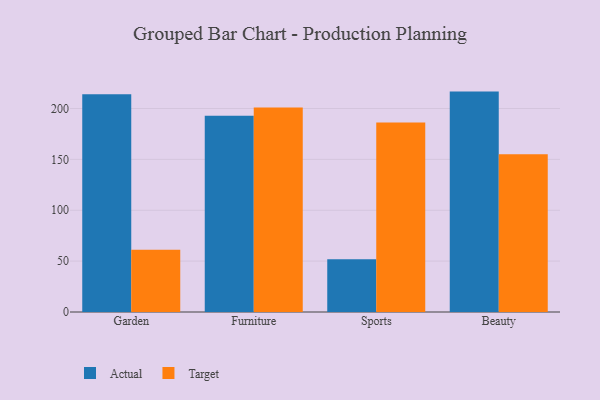
{"axis": {"x": "Category", "y": "Backlog"}, "legend": ["Actual", "Target"], "data": [{"x": "Garden", "y": 214.1, "type": "Actual"}, {"x": "Garden", "y": 61.1, "type": "Target"}, {"x": "Furniture", "y": 192.8, "type": "Actual"}, {"x": "Furniture", "y": 201.0, "type": "Target"}, {"x": "Sports", "y": 51.9, "type": "Actual"}, {"x": "Sports", "y": 186.3, "type": "Target"}, {"x": "Beauty", "y": 216.6, "type": "Actual"}, {"x": "Beauty", "y": 155.1, "type": "Target"}]}